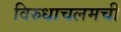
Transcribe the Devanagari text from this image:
विरुधाचलमची